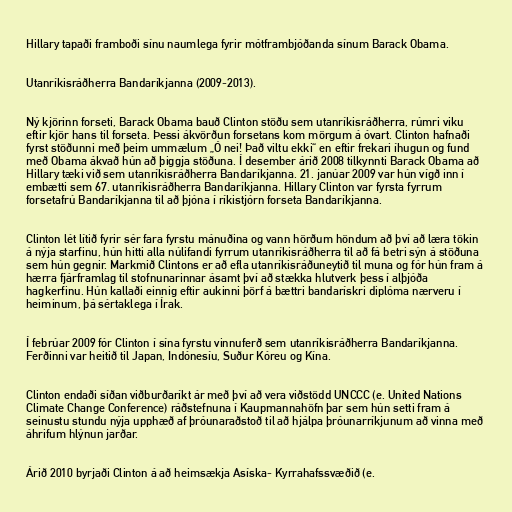
Hillary tapaði framboði sínu naumlega fyrir mótframbjóðanda sínum Barack Obama.

Utanríkisráðherra Bandaríkjanna (2009-2013).

Ný kjörinn forseti, Barack Obama bauð Clinton stöðu sem utanríkisráðherra, rúmri viku
eftir kjör hans til forseta. Þessi ákvörðun forsetans kom mörgum á óvart. Clinton hafnaði
fyrst stöðunni með þeim ummælum „Ó nei! Það viltu ekki“ en eftir frekari íhugun og fund
með Obama ákvað hún að þiggja stöðuna. Í desember árið 2008 tilkynnti Barack Obama að
Hillary tæki við sem utanríkisráðherra Bandaríkjanna. 21. janúar 2009 var hún vígð inn í
embætti sem 67. utanríkisráðherra Bandaríkjanna. Hillary Clinton var fyrsta fyrrum
forsetafrú Bandaríkjanna til að þjóna í ríkistjórn forseta Bandaríkjanna.

Clinton lét lítið fyrir sér fara fyrstu mánuðina og vann hörðum höndum að því að læra tökin
á nýja starfinu, hún hitti alla núlifandi fyrrum utanríkisráðherra til að fá betri sýn á stöðuna
sem hún gegnir. Markmið Clintons er að efla utanríkisráðuneytið til muna og fór hún fram á
hærra fjárframlag til stofnunarinnar ásamt því að stækka hlutverk þess í alþjóða
hagkerfinu. Hún kallaði einnig eftir aukinni þörf á bættri bandarískri diplóma nærveru í
heiminum, þá sértaklega í Írak.

Í febrúar 2009 fór Clinton í sína fyrstu vinnuferð sem utanríkisráðherra Bandaríkjanna.
Ferðinni var heitið til Japan, Indónesíu, Suður Kóreu og Kína.

Clinton endaði síðan viðburðaríkt ár með því að vera viðstödd UNCCC (e. United Nations
Climate Change Conference) ráðstefnuna í Kaupmannahöfn þar sem hún setti fram á
seinustu stundu nýja upphæð af þróunaraðstoð til að hjálpa þróunarríkjunum að vinna með
áhrifum hlýnun jarðar.

Árið 2010 byrjaði Clinton á að heimsækja Asíska- Kyrrahafssvæðið (e.